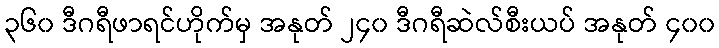
၃၆၀ ဒီဂရီဖာရင်ဟိုက်မှ အနုတ် ၂၄၀ ဒီဂရီဆဲလ်စီးယပ် အနုတ် ၄၀၀